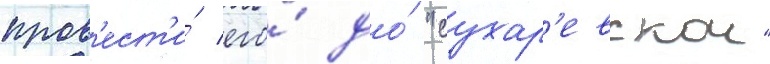
пров'ест'и́ его́ до́ "сухар'евскои"